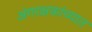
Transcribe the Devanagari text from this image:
अंगरक्षकांच्यात